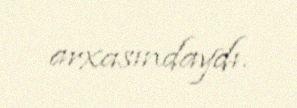
arxasındaydı.